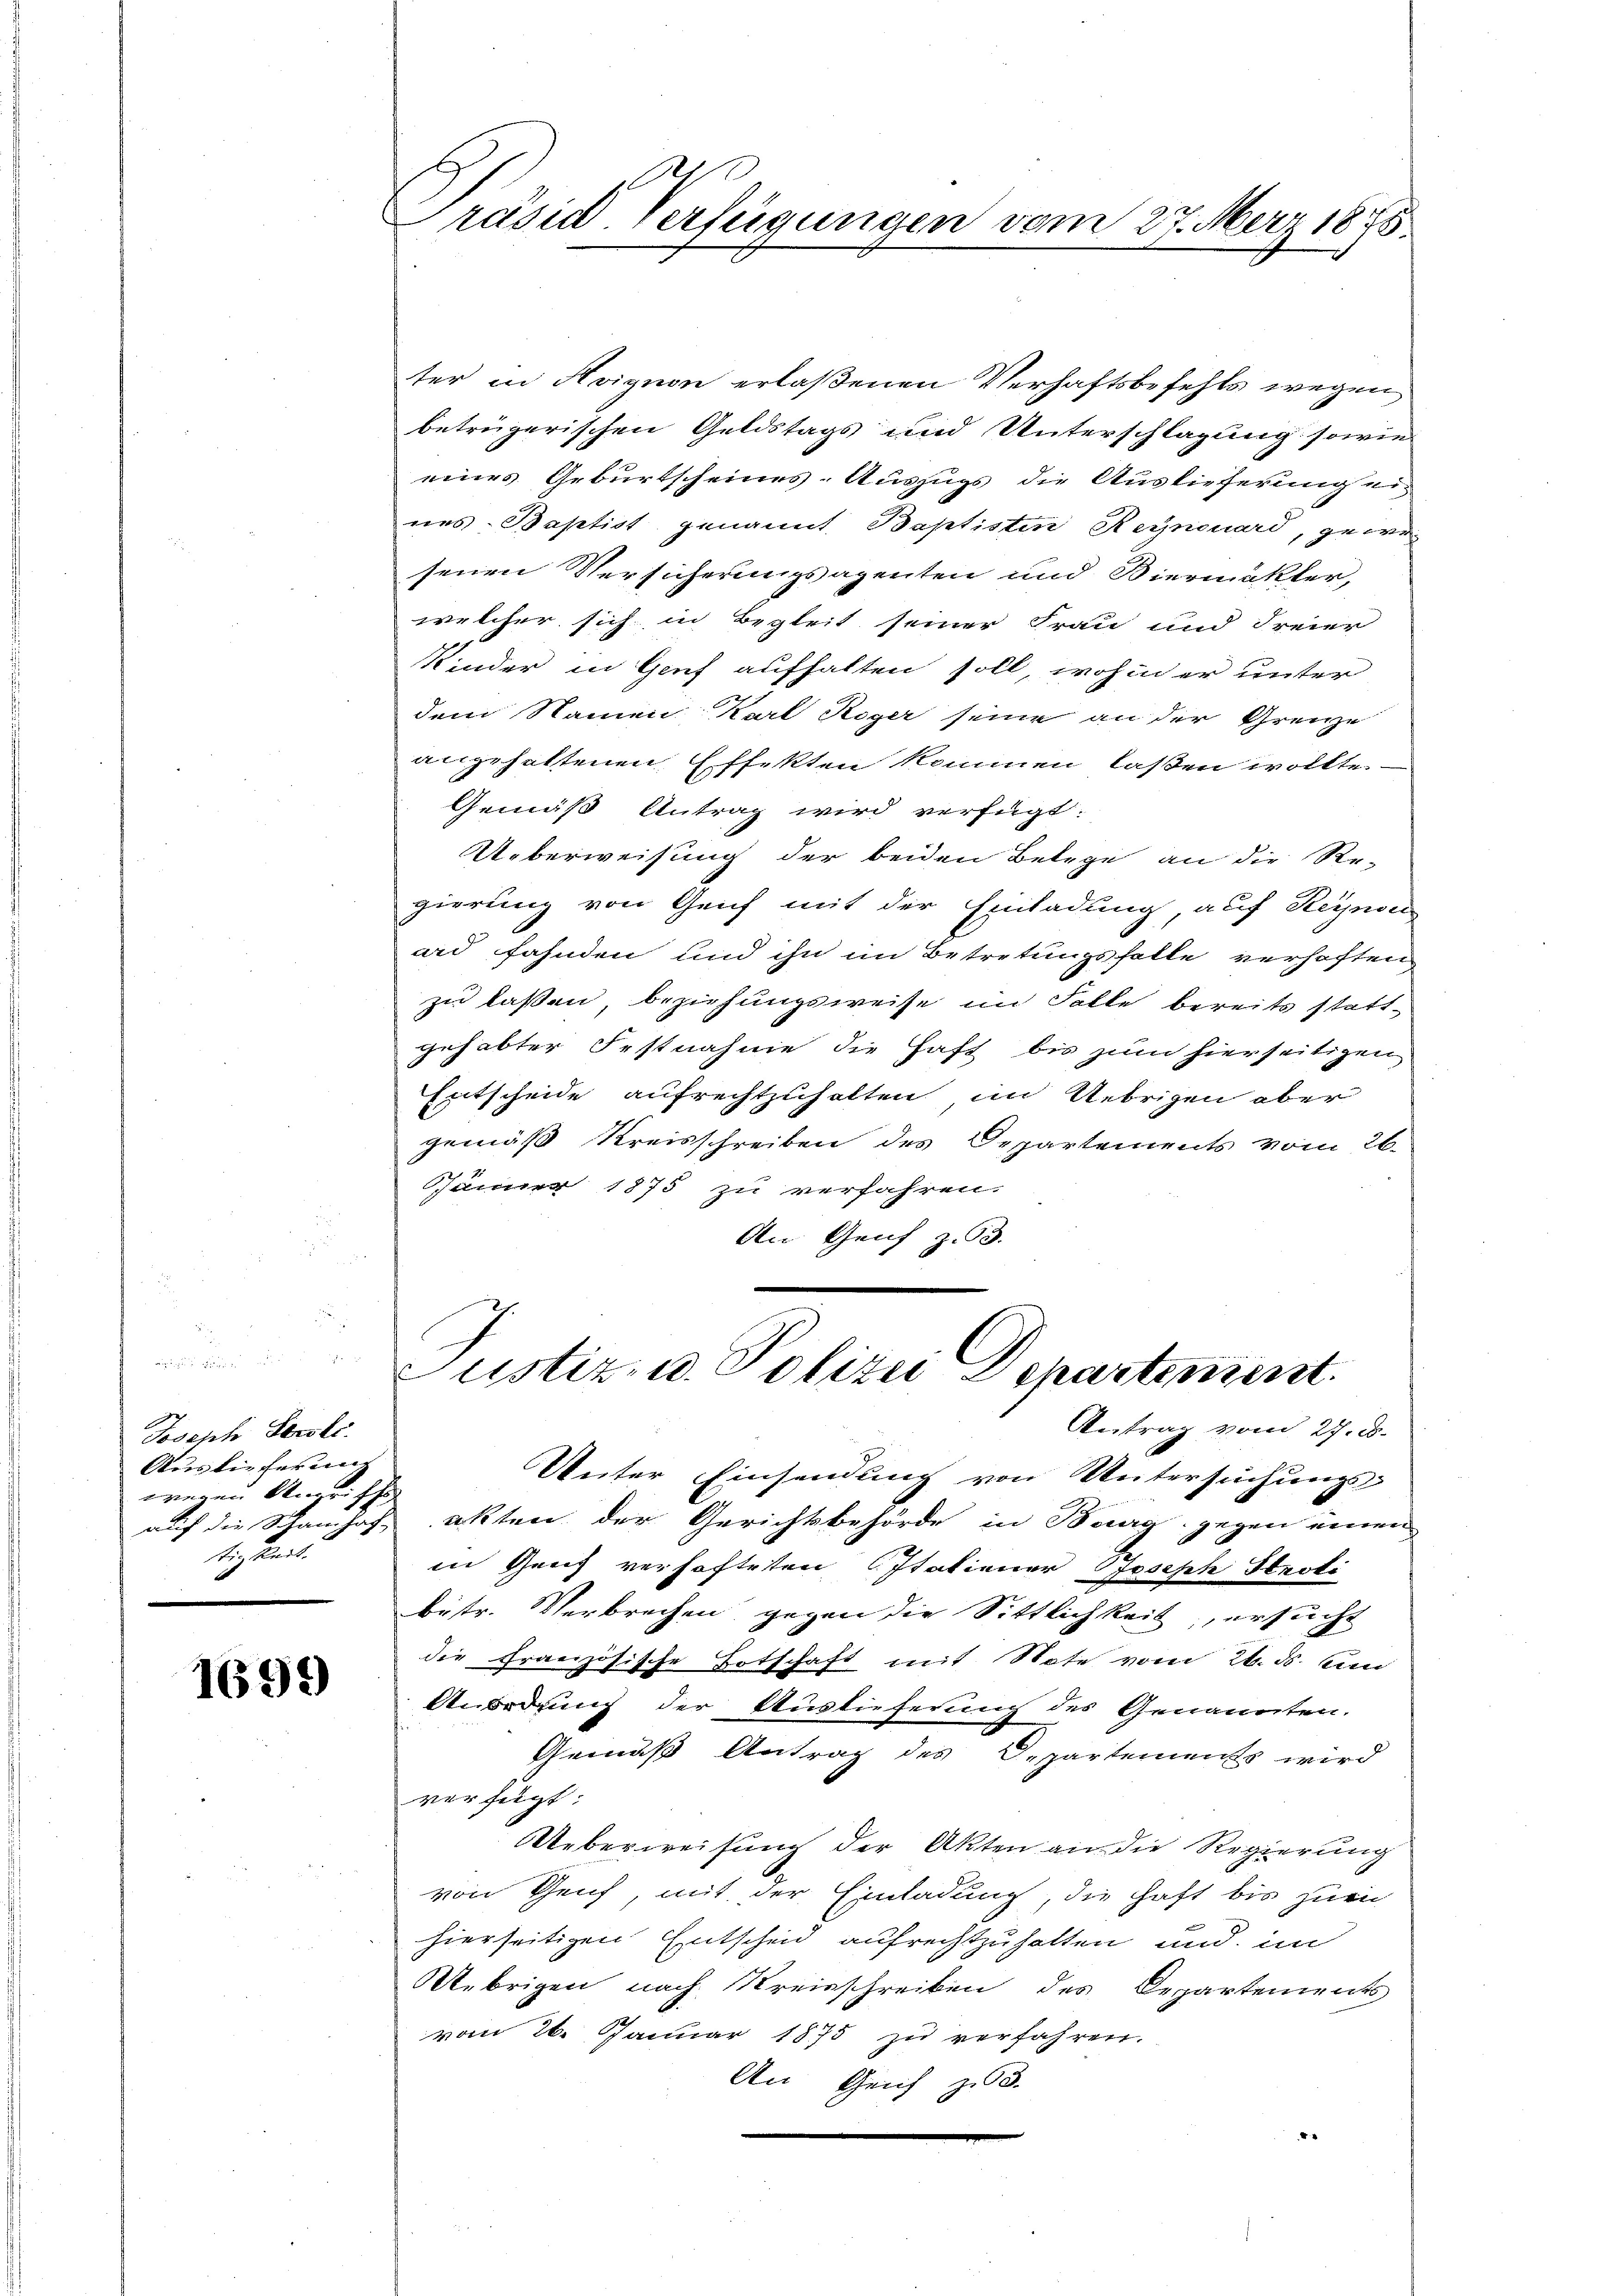
Joseph Sorsli.
Auslieferung
wegen Angriffe
tigkeit.

1699)

Präsid. Verfügungen vom 27. März 1875.

ter in Avignon erlaßenen Verhaftsbefehls wegen
beträgerischen Geldstags und Unterschlagung sowie
eines Geburtscheines-Auszugs die Auslieferung ei
nes. Baptist genannt. Baptisten Reynouard, gewe-
senen Versicherungsagenten und Biermäkler,
welcher sich in Begleit seiner Frau und Freier
Kinder in Genf aufhalten soll, wohin er unter
dem Namen Karl Roger seine an der Grenze
angehaltenen Effekten kommen laßen wollte.
Gemäß Antrag wird verfügt:
Ueberweisung der beiden Belege an die Re-
gierung von Genf mit der Einladung, auf Reynou
ard fahnden und ihn im Betretungsfalle verhaften,
zu lassen, beziehungsweise im Falle bereits stattgehabter Festnahme die Haft bis zum hierseitigen
Entscheide aufrechtzuhalten, im Uebrigen aber
gemäß Kreisschreiben des Departements vom 26.
Jänner 1875 zu verfahren.
An Genf z. 53.

Antrag vom 27. d.
Unter Einsendung von Untersuchungs-
auf die Schanhof akten der Gerichtsbehörde in Berg gegen einen
in Zeit verhafteten Italiener Joseph Herti
betr. Verbrechen gegen die Sittlichkeit, ersucht
die Französische Totschaft mit Note vom 26. ds. un
Unordnung der Auslieferung des Genannten.
Gemäß Antrag des Departements wird
verfügt:
Ueberweisung der Akten an die Regierung
von Genf, mit der Einladung, die haft bis zuei
hierseitigen Entscheid aufrechtzuhalten und im
Uebrigen nach Kreisschreiben des Departements
vom 26. Januar 1875 zu verfahren.
An Geich zu 3.
x

Justiz- u. Polizei Departement.